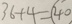
3 6 + 4 = \textcircled { 4 0 }